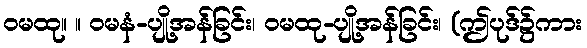
ဝမထု။ ။ ဝမနံ-ပျို့အန်ခြင်း၊ ဝမထု-ပျို့အန်ခြင်း၊ (ဤပုဒ်၌ကား